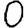
Digit: 0